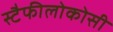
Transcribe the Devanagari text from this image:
स्टैफीलोकोसी